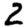
Digit: 2